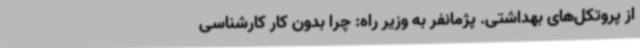
از پروتکل‌های بهداشتی. پژمانفر به وزیر راه: چرا بدون کار کارشناسی